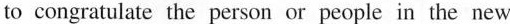
to congratulate the person or people in the new